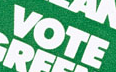
VOTE